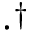
\cdot ^ { \dagger }